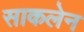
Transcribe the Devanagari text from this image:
साकलेन